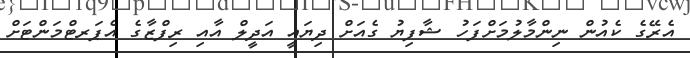
އެރޭގެ ކެއުން ނިންމާލުމަށްފަހު ޝާފިޔު ގެއަށް ދިޔައީ އަދީލް އާއި ރިފްޒާގެ އެޕަރޓްމަންޓަށް